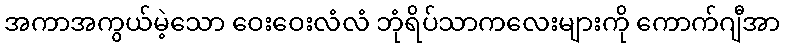
အကာအကွယ်မဲ့သော ဝေးဝေးလံလံ ဘုံရိပ်သာကလေးများကို ကောက်ဂျီအာ